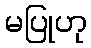
မပြုဟု